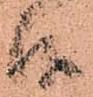
候